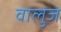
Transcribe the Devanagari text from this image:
वालुज